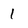
Character: 1